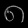
Digit: ၈